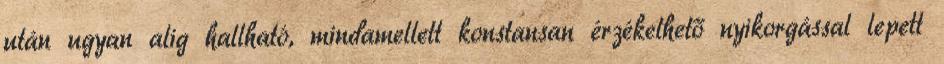
után ugyan alig hallható, mindamellett konstansan érzékelhető nyikorgással lepett